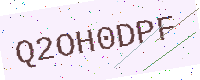
Text: Q2OH0DPF